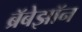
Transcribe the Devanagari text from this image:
ब्रॅबेझॉन